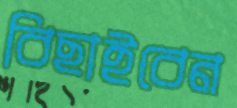
বিছাইবেন